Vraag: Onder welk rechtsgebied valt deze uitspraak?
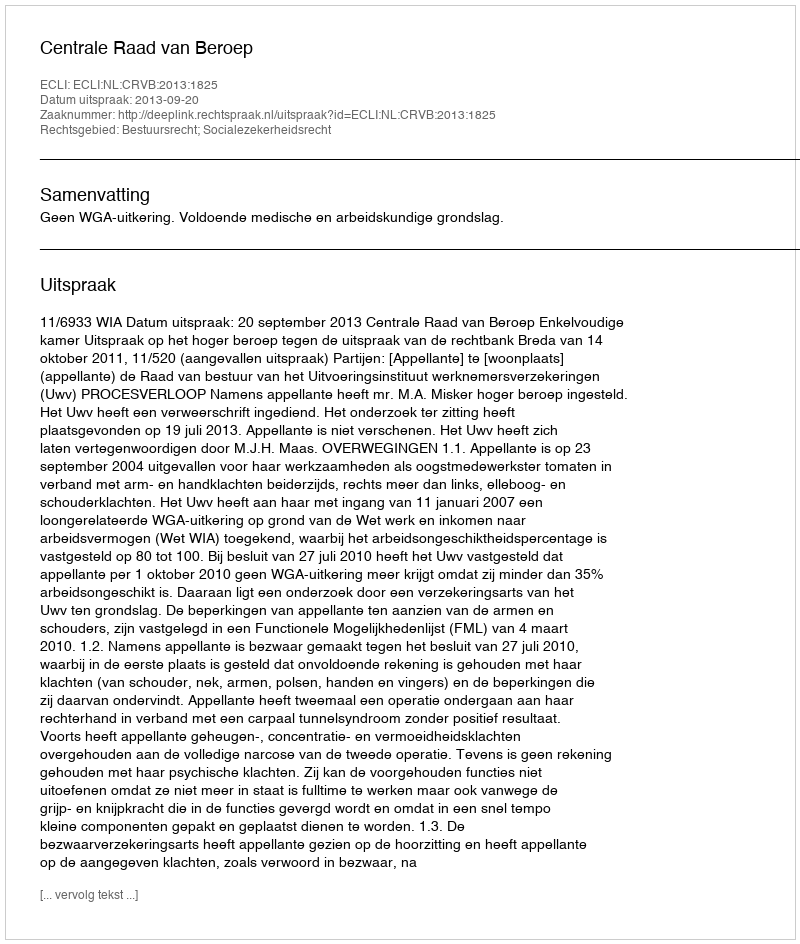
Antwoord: Bestuursrecht; Socialezekerheidsrecht